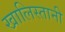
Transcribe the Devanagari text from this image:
खालिस्तानी